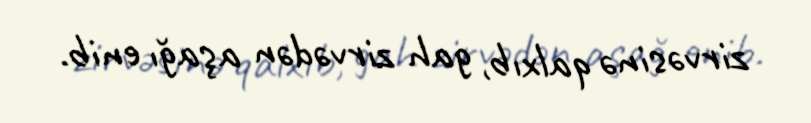
zirvəsinə qalxıb, gah zirvədən aşağı enib.